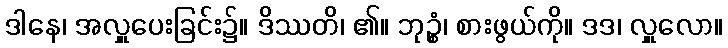
ဒါနေ၊ အလှူပေးခြင်း၌။ ဒိဿတိ၊ ၏။ ဘုဉ္စံ၊ စားဖွယ်ကို။ ဒဒ၊ လှူလော။